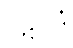
ပဋိပါဒံ